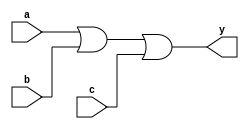
module xup_or3 #(parameter DELAY = 0.3)(
    input a,
    input b,
    input c,
    output y
    );
    
    or #DELAY (y,a,b,c);
    
endmodule